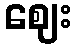
ဈေး